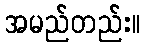
အမည်တည်း။